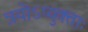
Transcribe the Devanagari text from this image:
त्रयोऽप्युक्ताः